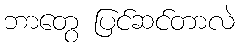
ဘာတွေ ပြင်ဆင်တာလဲ